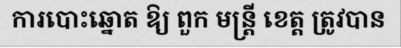
ការបោះឆ្នោត ឱ្យ ពួក មន្ត្រី ខេត្ត ត្រូវបាន